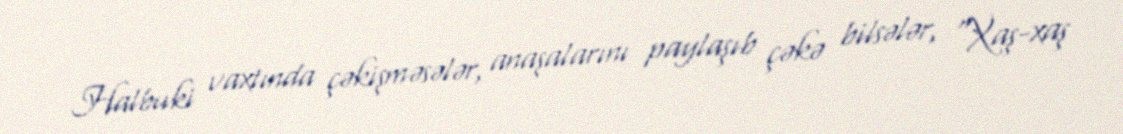
Halbuki vaxtında çəkişməsələr, anaşalarını paylaşıb çəkə bilsələr, “Xaş-xaş